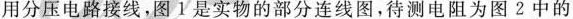
用分压电路接线，图1是实物的部分连线图，待测电阻为图2中的